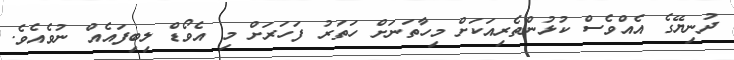
ދުނިޔޭގެ އެއްވެސް ކުޅުންތެރިއަކަށް މިހާތަނަށް ހަތަރު ފަހަރަށް މި އެވޯޑް ލިބިފައެއް ނުވެއެވެ.